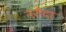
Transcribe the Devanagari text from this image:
नरौदा